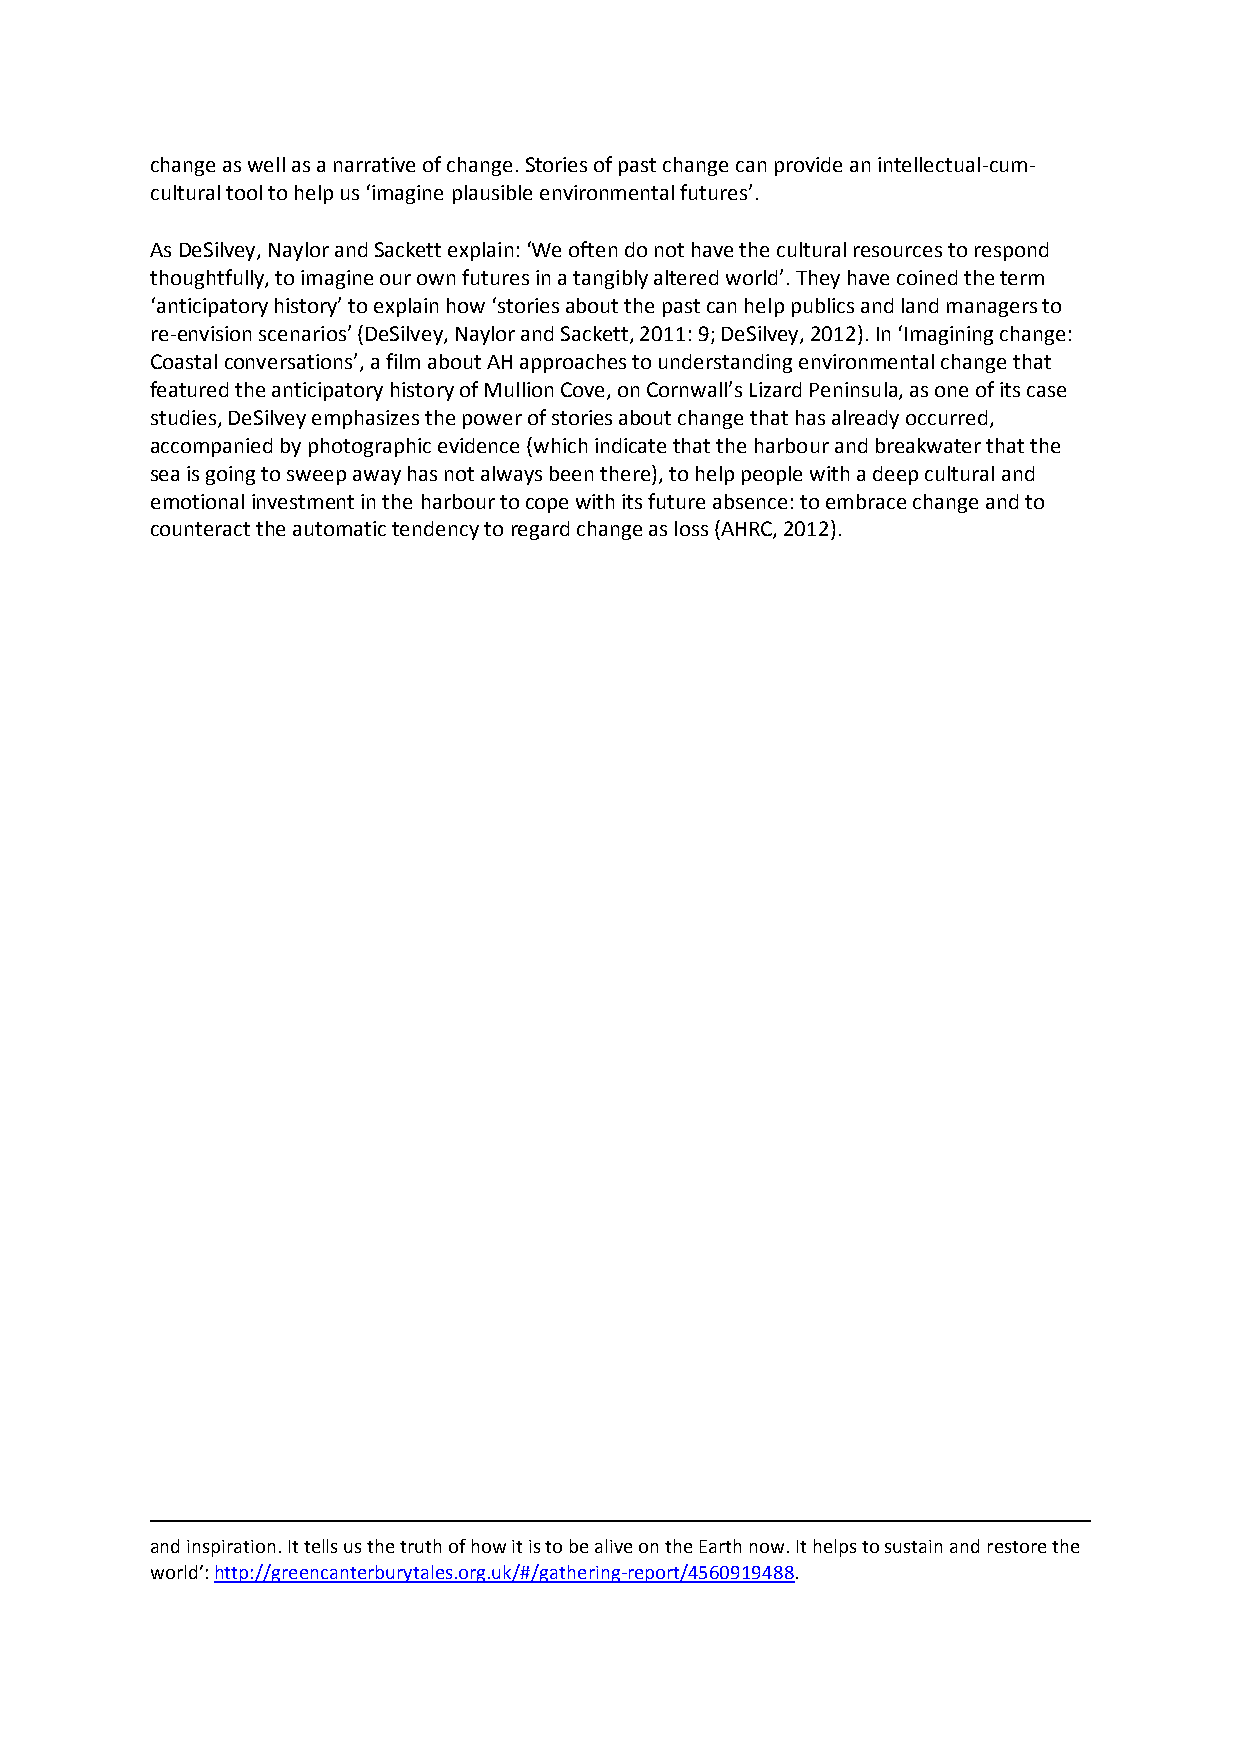
change as well as a narrative of change. Stories of past change can provide an intellectual-cum-
 cultural tool to help us ‘imagine plausible environmental futures’.
 As DeSilvey, Naylor and Sackett explain: ‘We often do not have the cultural resources to respond
 thoughtfully, to imagine our own futures in a tangibly altered world’. They have coined the term
 ‘anticipatory history’ to explain how ‘stories about the past can help publics and land managers to
 re-envision scenarios’ (DeSilvey, Naylor and Sackett, 2011: 9; DeSilvey, 2012). In ‘Imagining change:
 Coastal conversations’, a film about AH approaches to understanding environmental change that
 featured the anticipatory history of Mullion Cove, on Cornwall’s Lizard Peninsula, as one of its case
 studies, DeSilvey emphasizes the power of stories about change that has already occurred,
 accompanied by photographic evidence (which indicate that the harbour and breakwater that the
 sea is going to sweep away has not always been there), to help people with a deep cultural and
 emotional investment in the harbour to cope with its future absence: to embrace change and to
 counteract the automatic tendency to regard change as loss (AHRC, 2012).
 and inspiration. It tells us the truth of how it is to be alive on the Earth now. It helps to sustain and restore the
 world’: http://greencanterburytales.org.uk/#/gathering-report/4560919488.